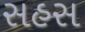
સહસ